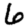
Digit: 6